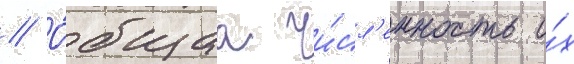
// О́бщаа чи́сл'енность и́х